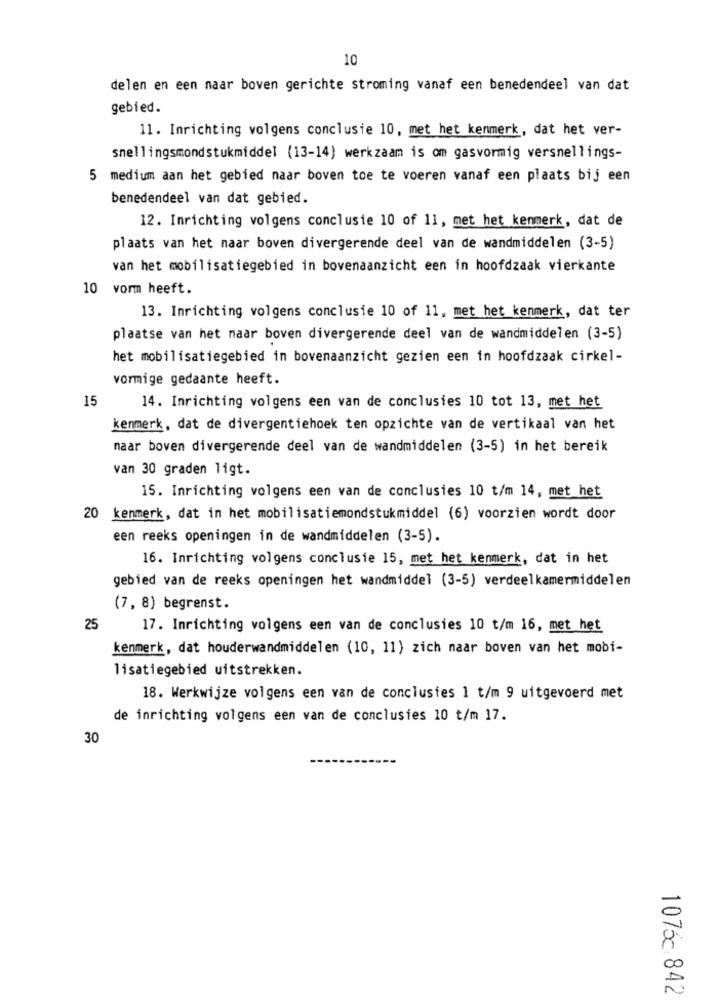
10
delen en een naar boven gerichte stroming vanaf een benedendeel van dat
gebied.
11. Inrichting volgens conclusie 10, met het kenmerk, dat het ver-
snellingsmondstukmiddel (13-14) werkzaam is om gasvormig versnellings-
5 medium aan het gebied naar boven toe te voeren vanaf een plaats bij een
benedendeel van dat gebied.
12. Inrichting volgens conclusie 10 of 11, met het kenmerk, dat de
plaats van het naar boven divergerende deel van de wandmiddelen (3-5)
van het mobilisatiegebied in bovenaanzicht een in hoofdzaak vierkante
10 vorm heeft.
13. Inrichting volgens conclusie 10 of 11, met het kenmerk, dat ter
plaatse van het naar boven divergerende deel van de wandmiddelen (3-5)
het mobilisatiegebied in bovenaanzicht gezien een in hoofdzaak cirkel-
vormige gedaante heeft.
15
14. Inrichting volgens een van de conclusies 10 tot 13, met het
kenmerk, dat de divergentiehoek ten opzichte van de vertikaal van het
naar boven divergerende deel van de wandmiddelen (3-5) in het bereik
van 30 graden ligt.
15. Inrichting volgens een van de conclusies 10 t/m 14, met het
20 kenmerk, dat in het mobilisatiemondstukmiddel (6) voorzien wordt door
een reeks openingen in de wandmiddelen (3-5).
16. Inrichting volgens conclusie 15, met het kenmerk, dat in het
gebied van de reeks openingen het wandmiddel (3-5) verdeelkamermiddelen
(7, 8) begrenst.
25
17. Inrichting volgens een van de conclusies 10 t/m 16, met het
kenmerk, dat houderwandmiddelen (10, 11) zich naar boven van het mobi-
lisatiegebied uitstrekken.
18. Werkwijze volgens een van de conclusies 1 t/m 9 uitgevoerd met
de inrichting volgens een van de conclusies 10 t/m 17.
30
1075- 842